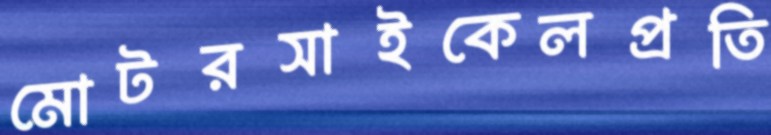
মোটরসাইকেলপ্রতি